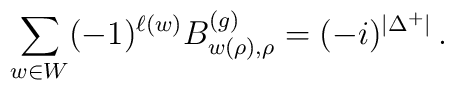
\sum_{w\in W}(-1)^{\ell(w)}B_{w(\rho),\rho}^{(g)}=(-i)^{\vert    \Delta^+\vert}\,.